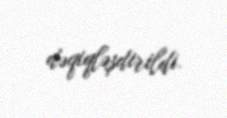
dəqiqləşdirildi.